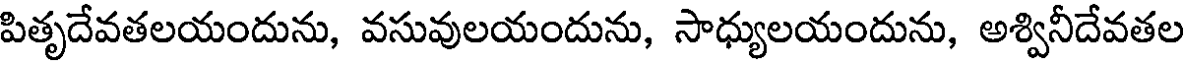
పితృదేవతలయందును, వసువులయందును, సాధ్యులయందును, అశ్వినీదేవతల